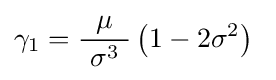
\gamma _{1}={\frac {\mu }{\ \sigma ^{3}\ }}\left(1-2\sigma ^{2}\right)~